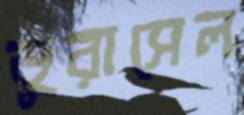
ডুরাসেল